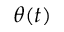
\theta ( t )